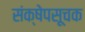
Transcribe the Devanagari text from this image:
संक्षेपसूचक